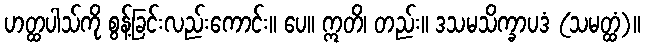
ဟတ္ထပါသ်ကို စွန့်ခြင်းလည်းကောင်း။ ပေ။ ဣတိ၊ တည်း။ ဒသမသိက္ခာပဒံ (သမတ္ထံ)။